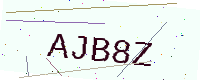
Text: AJB8Z